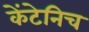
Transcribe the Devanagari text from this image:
केंटेनिच